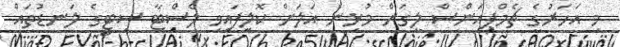
މި އަހަރުގެ ޗެމްޕިއަންސް ލީގަށް މުޅިން އަލަށް ކޮލިފައިވި ލެސްޓާ ސިޓީގެ ލަނޑުތައް